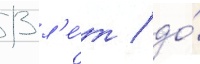
13 л'е́т / до́